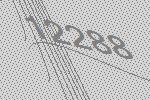
12288